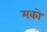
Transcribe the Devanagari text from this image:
मको